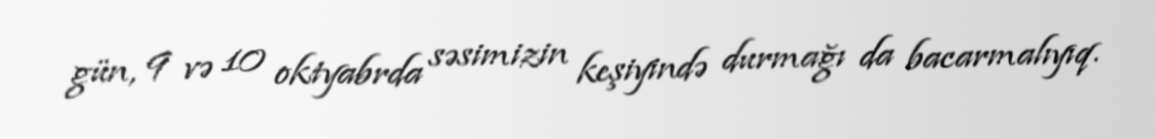
gün, 9 və 10 oktyabrda səsimizin keşiyində durmağı da bacarmalıyıq.